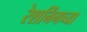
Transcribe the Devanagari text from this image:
रेशनिंगच्या